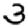
Digit: 3